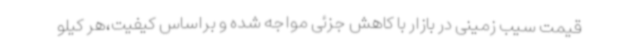
قیمت سیب زمینی در بازار با کاهش جزئی مواجه شده و براساس کیفیت،هر کیلو